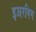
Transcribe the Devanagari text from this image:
इअरविग